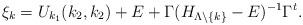
LaTeX: \begin{align*}\xi_k=U_{k_1}(k_2,k_2)+E+\Gamma(H_{\Lambda\setminus \{ k \}}-E)^{-1}\Gamma^t.\end{align*}